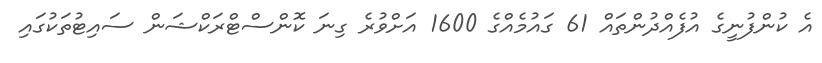
އެ ކުންފުނީގެ އުފެއްދުންތައް 61 ގައުމެއްގެ 1600 އަށްވުރެ ގިނަ ކޮންސްޓްރަކްޝަން ސައިޓުތަކުގައި